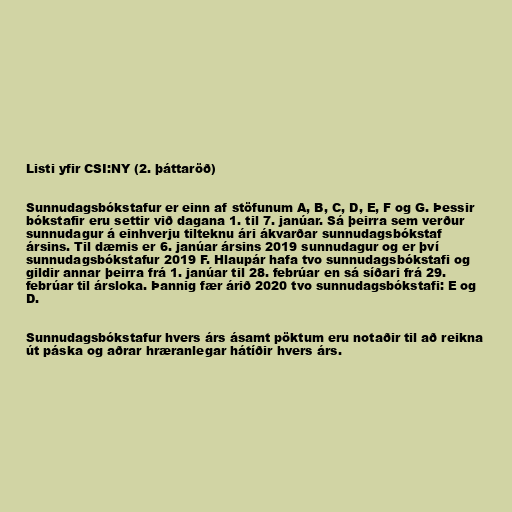
Listi yfir CSI:NY (2. þáttaröð)

Sunnudagsbókstafur er einn af stöfunum A, B, C, D, E, F og G. Þessir
bókstafir eru settir við dagana 1. til 7. janúar. Sá þeirra sem verður
sunnudagur á einhverju tilteknu ári ákvarðar sunnudagsbókstaf
ársins. Til dæmis er 6. janúar ársins 2019 sunnudagur og er því
sunnudagsbókstafur 2019 F. Hlaupár hafa tvo sunnudagsbókstafi og
gildir annar þeirra frá 1. janúar til 28. febrúar en sá síðari frá 29.
febrúar til ársloka. Þannig fær árið 2020 tvo sunnudagsbókstafi: E og
D.

Sunnudagsbókstafur hvers árs ásamt pöktum eru notaðir til að reikna
út páska og aðrar hræranlegar hátíðir hvers árs.